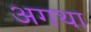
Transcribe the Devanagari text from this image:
अगथा